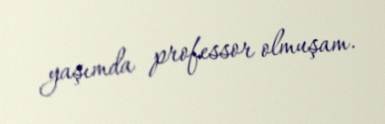
yaşımda professor olmuşam.